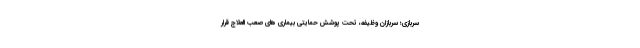
سربازی؛ سربازان وظیفه، تحت پوشش حمایتی بیماری های صعب العلاج قرار